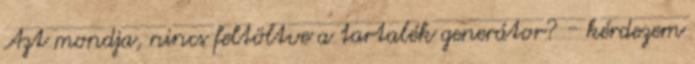
Azt mondja, nincs feltöltve a tartalék generátor? - kérdezem